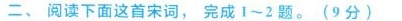
二、阅读下面这首宋词，完成1~2题。(9分)